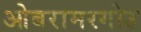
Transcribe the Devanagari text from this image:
ओबरामरगोउ